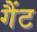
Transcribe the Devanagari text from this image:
गैंट